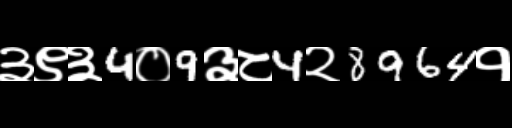
Text: ३९३4०9३८4२8964१